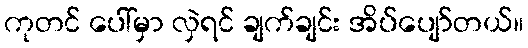
ကုတင် ပေါ်မှာ လှဲရင် ချက်ချင်း အိပ်ပျော်တယ်။